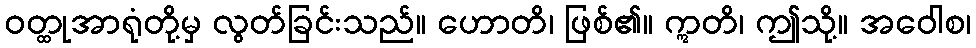
ဝတ္ထုအာရုံတို့မှ လွတ်ခြင်းသည်။ ဟောတိ၊ ဖြစ်၏။ ဣတိ၊ ဤသို့။ အဝေါစ၊